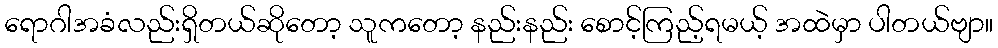
ရောဂါအခံလည်းရှိတယ်ဆိုတော့ သူကတော့ နည်းနည်း စောင့်ကြည့်ရမယ့် အထဲမှာ ပါတယ်ဗျာ။